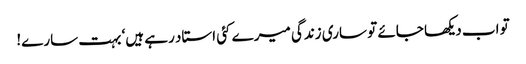
تو اب دیکھا جائے تو ساری زندگی میرے کئی استاد رہے ہیں‘ بہت سارے!